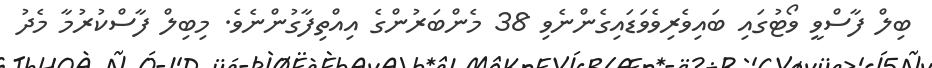
ބިލް ފާސްވީ ވޯޓުގައި ބައިވެރިވެވަޑައިގެންނެވި 38 މެންބަރުންގެ އިއްތިފާގުންނެވެ. މިބިލް ފާސްކުރުމާ މެދު